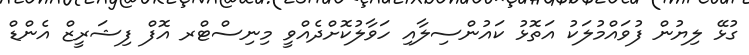
ގުޅޭ ލިޔުން ފުވައްމުލަކު އަތޮޅު ކައުންސިލާއި ހަވާލުކޮށްދެއްވީ މިނިސްޓްރ އޮފް ފިޝަރީޒް އެންޑް